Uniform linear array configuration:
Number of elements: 16
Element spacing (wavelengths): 1
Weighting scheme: binomial
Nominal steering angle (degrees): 60
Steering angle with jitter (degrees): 59.267
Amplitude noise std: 0.05
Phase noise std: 0.05

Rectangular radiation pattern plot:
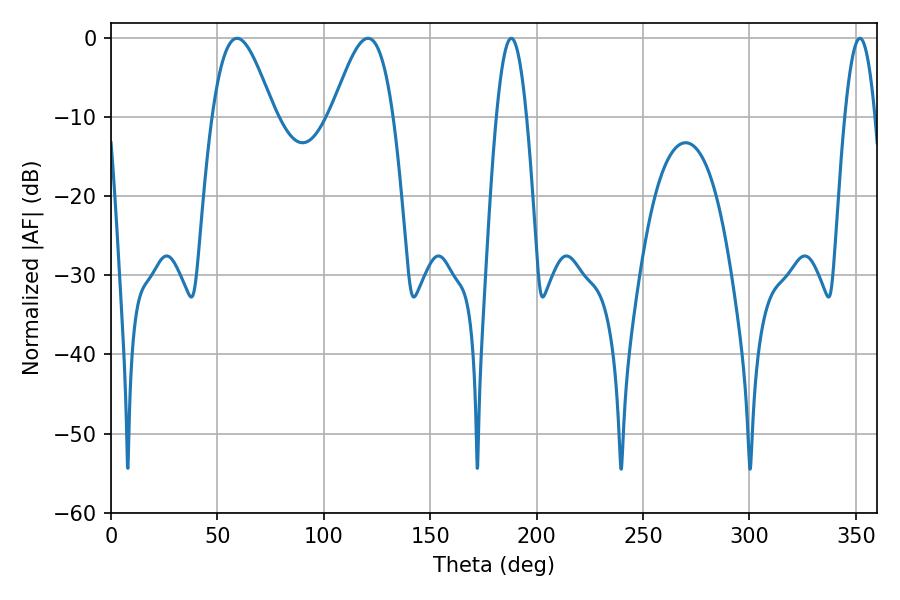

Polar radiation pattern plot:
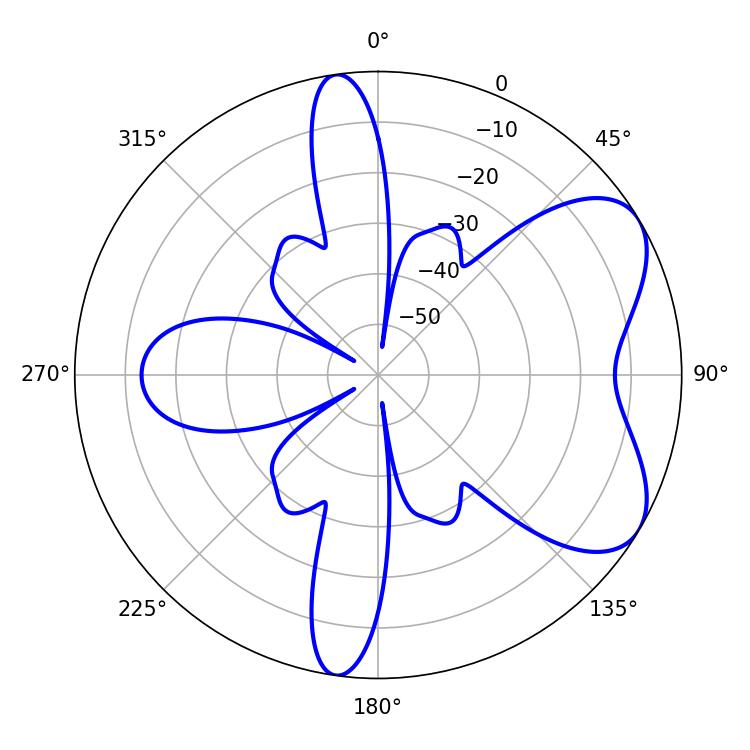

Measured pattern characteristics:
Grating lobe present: TRUE
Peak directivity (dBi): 6.211
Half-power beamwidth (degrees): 15.48
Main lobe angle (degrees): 59.22